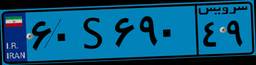
۵۶S۳۹۷۹۰